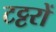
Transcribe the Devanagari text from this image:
टट्टरों